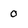
Character: 0